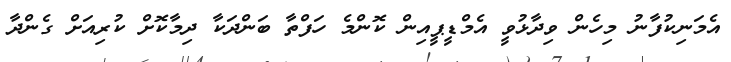
އެމަނިކުފާނު މިހެން ވިދާޅުވީ އެމްޑީޕީއިން ކޮންމެ ހަފްތާ ބަންދަކާ ދިމާކޮށް ކުރިއަށް ގެންދާ